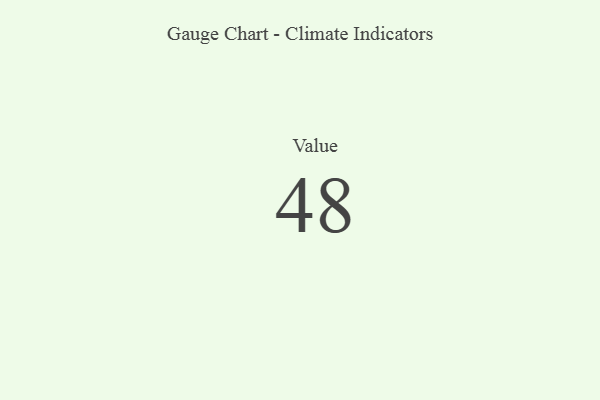
{"axis": {"x": "Metric", "y": "Value"}, "legend": [""], "data": [{"x": "Value", "y": 48, "type": ""}]}